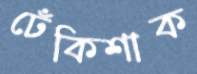
ঢেঁকিশাক